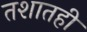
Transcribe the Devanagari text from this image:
तशातही